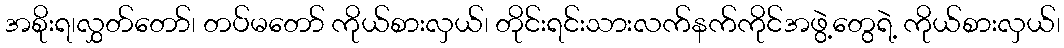
အစိုးရ၊လွှတ်တော်၊ တပ်မတော် ကိုယ်စားလှယ်၊ တိုင်းရင်းသားလက်နက်ကိုင်အဖွဲ့တွေရဲ့ ကိုယ်စားလှယ်၊